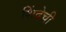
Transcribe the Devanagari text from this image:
शिंदेची